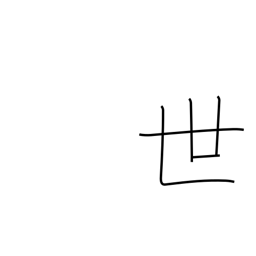
Meaning: society